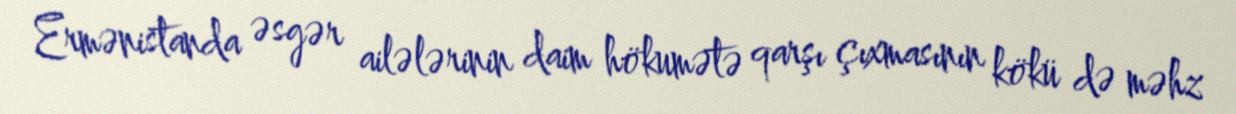
Ermənistanda əsgər ailələrinin daim hökumətə qarşı çıxmasının kökü də məhz